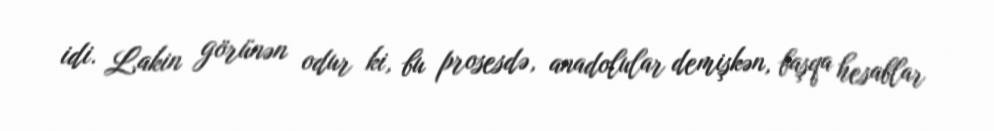
idi. Lakin görünən odur ki, bu prosesdə, anadolular demişkən, başqa hesablar